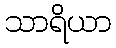
သာရိယာ